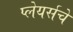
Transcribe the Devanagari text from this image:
प्लेयर्सचे